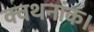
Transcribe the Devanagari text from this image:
क्वथनांक।